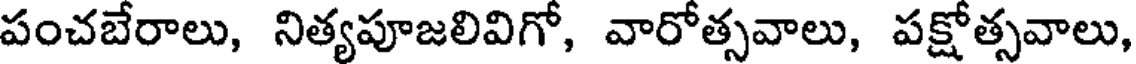
పంచబేరాలు, నిత్యపూజలివిగో, వారోత్సవాలు, పక్షోత్సవాలు,